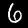
Digit: 6